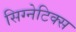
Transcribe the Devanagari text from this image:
सिग्नेटिक्स